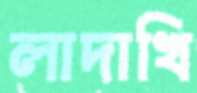
লাদাখি